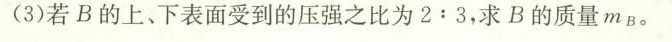
(3)若B的上、下表面受到的压强之比为2:3，求B的质量m_{B}。